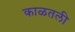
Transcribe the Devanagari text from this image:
काळतली